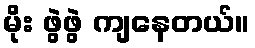
မိုး ဖွဲဖွဲ ကျနေတယ်။